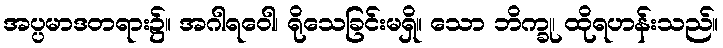
အပ္ပမာဒတရား၌။ အဂါရဝေါ၊ ရိုသေခြင်းမရှိ။ သော ဘိက္ခု၊ ထိုရဟန်းသည်။